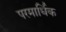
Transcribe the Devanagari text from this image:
परमार्धिक